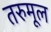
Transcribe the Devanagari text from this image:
तरुमूल